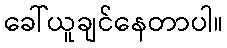
ခေါ်ယူချင်နေတာပါ။